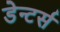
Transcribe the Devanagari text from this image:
डेन्टर्स